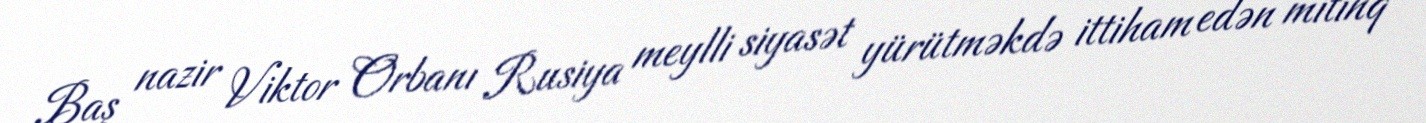
Baş nazir Viktor Orbanı Rusiya meylli siyasət yürütməkdə ittiham edən mitinq